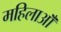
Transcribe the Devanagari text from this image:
महिलाऑँ